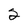
Character: 2